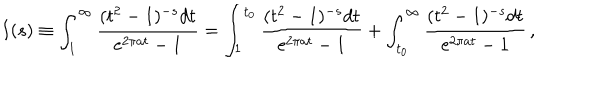
LaTeX: I ( s ) \equiv \int _ { 1 } ^ { \infty } { \frac { ( t ^ { 2 } - 1 ) ^ { - s } d t } { \mathrm { e } ^ { 2 \pi a t } - 1 } } = \int _ { 1 } ^ { t _ { 0 } } { \frac { ( t ^ { 2 } - 1 ) ^ { - s } d t } { \mathrm { e } ^ { 2 \pi a t } - 1 } } + \int _ { t _ { 0 } } ^ { \infty } { \frac { ( t ^ { 2 } - 1 ) ^ { - s } d t } { \mathrm { e } ^ { 2 \pi a t } - 1 } } \, ,